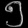
Digit: ၅